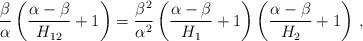
LaTeX: \begin{align*}\frac {\beta}{\alpha} \left( \frac {\alpha-\beta}{H_{12}} + 1\right) = \frac {\beta^2}{\alpha^2} \left( \frac {\alpha-\beta}{H_1} + 1\right) \left( \frac {\alpha-\beta}{H_2} + 1\right)\,,\end{align*}